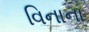
વિનાના